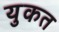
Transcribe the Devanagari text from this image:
युकत